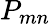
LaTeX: P_{mn}